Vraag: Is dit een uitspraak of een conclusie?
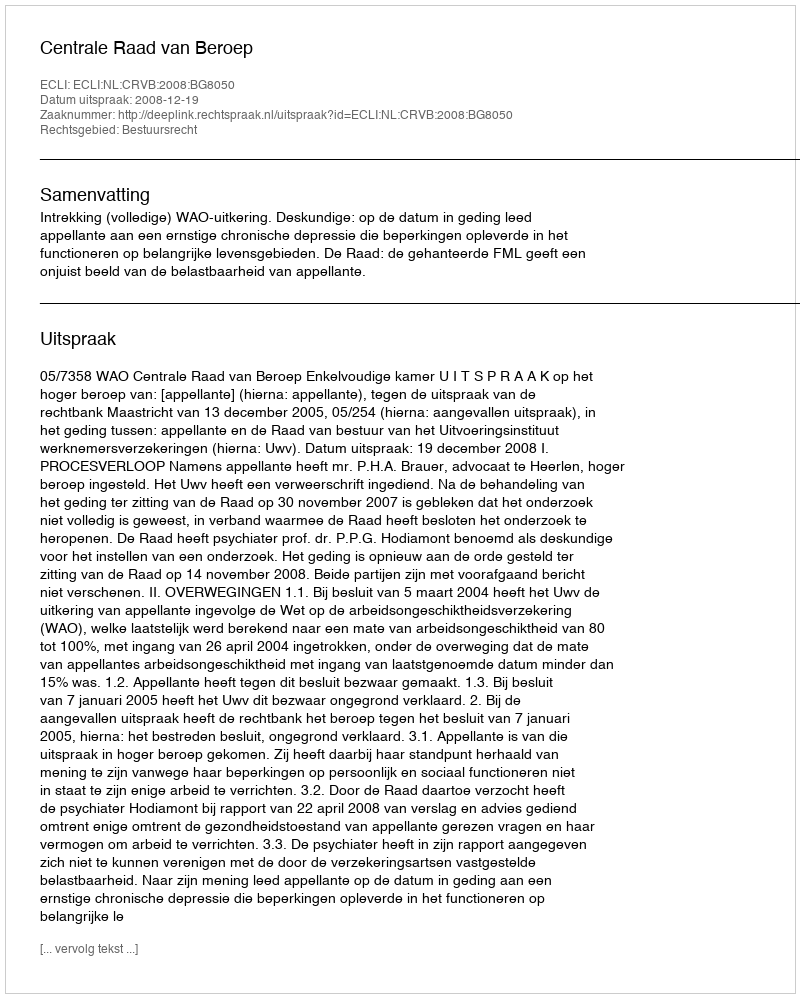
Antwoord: Uitspraak